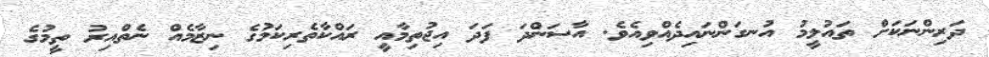
ދަރިންނަކަށް ތައުލީމު އުނގަންނައިދެއްވިއެވެ. އާސަންދަ ފަދަ އިޖުތިމާއީ ރައްކާތެރިކަމުގެ ނިޒާމެއް ނެތްއިރު ތީމުގެ